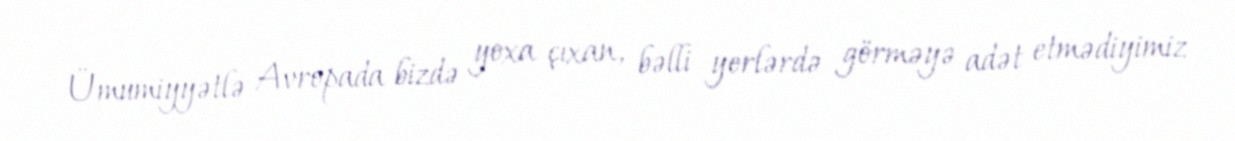
Ümumiyyətlə Avropada bizdə yoxa çıxan, bəlli yerlərdə görməyə adət etmədiyimiz